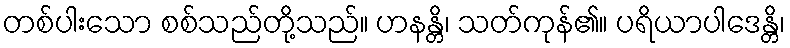
တစ်ပါးသော စစ်သည်တို့သည်။ ဟနန္တိ၊ သတ်ကုန်၏။ ပရိယာပါဒေန္တိ၊